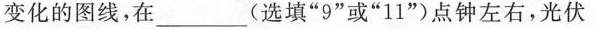
变化的图线，在___(选填”9”或”11”)点钟左右，光伏